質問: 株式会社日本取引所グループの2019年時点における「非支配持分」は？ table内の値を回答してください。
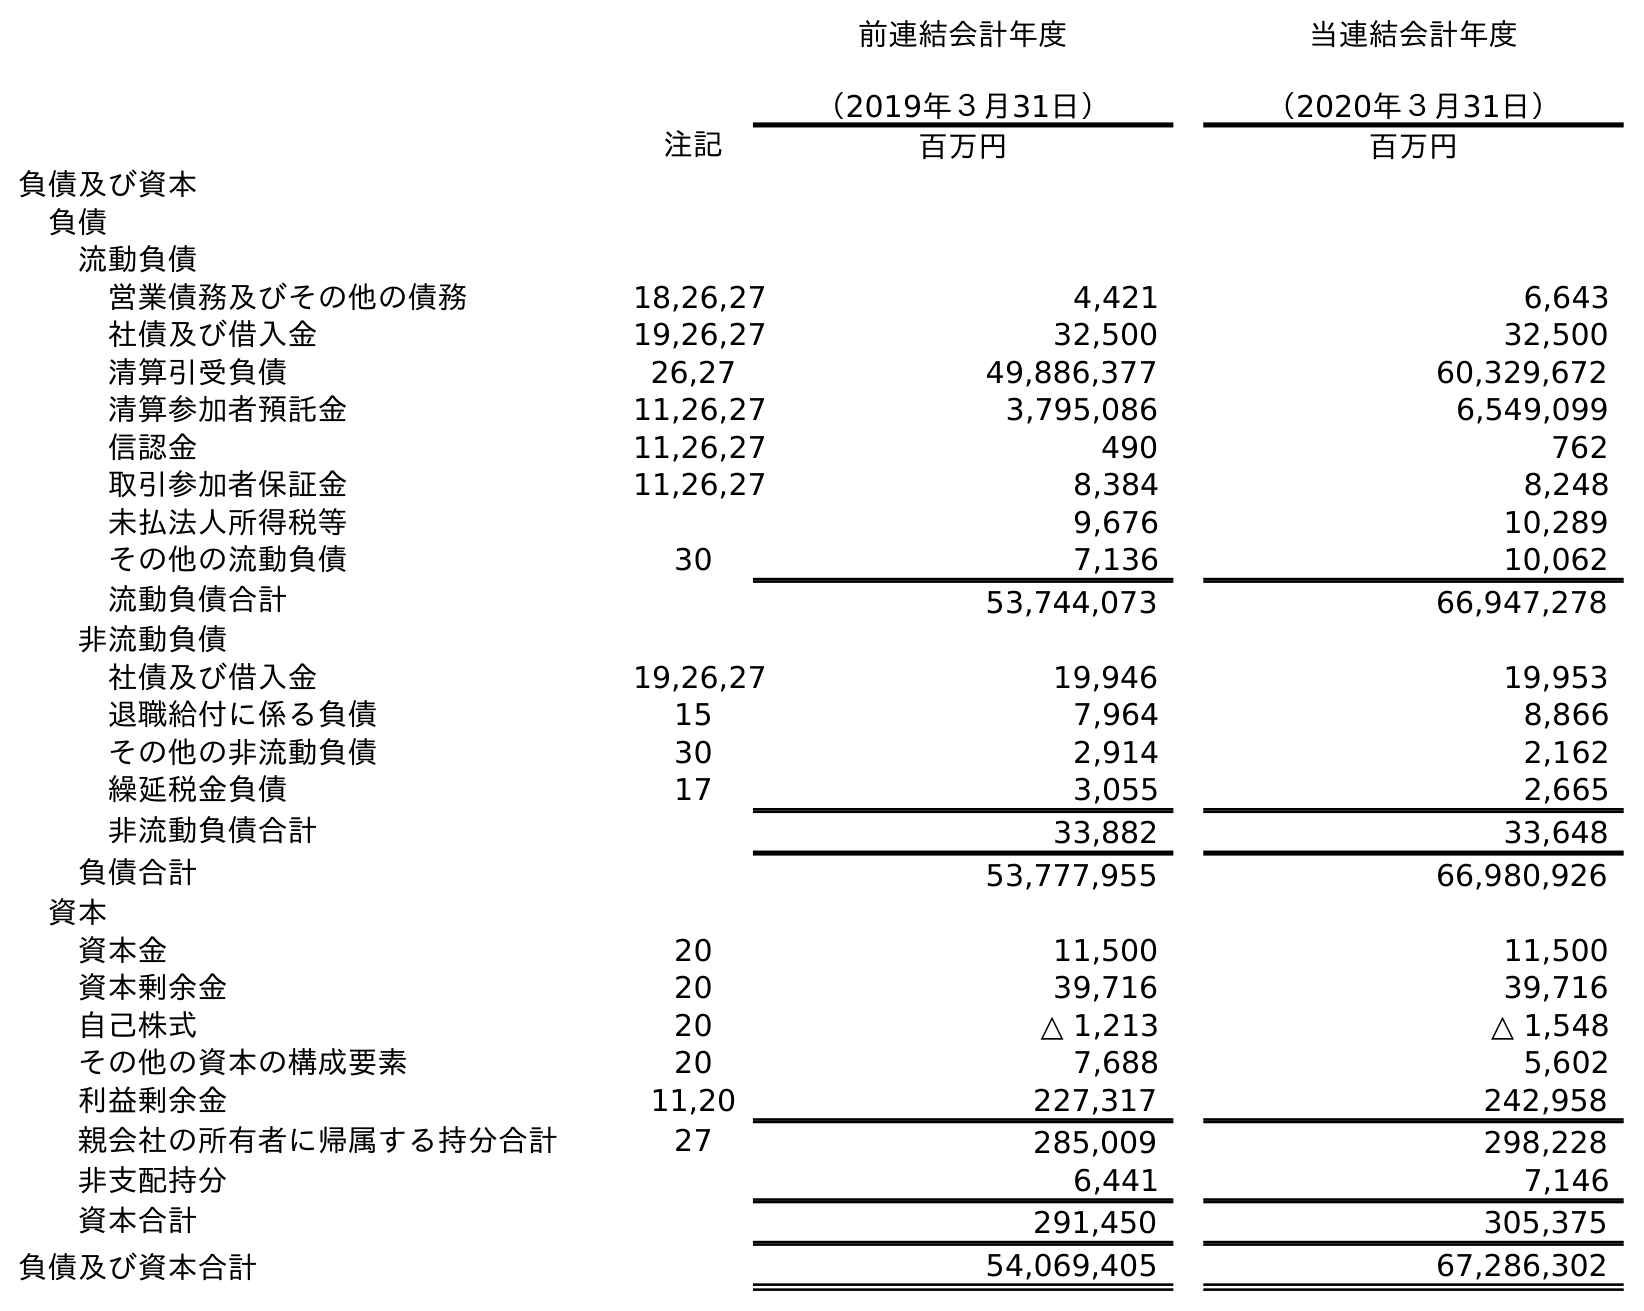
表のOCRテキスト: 前連結会計年度 （2019年３月31日） 当連結会計年度 （2020年３月31日） 注記 百万円 百万円 負債及び資本 負債 流動負債 営業債務及びその他の債務 18,26,27 4,421 6,643 社債及び借入金 19,26,27 32,500 32,500 清算引受負債 26,27 49,886,377 60,329,672 清算参加者預託金 11,26,27 3,795,086 6,549,099 信認金 11,26,27 490 762 取引参加者保証金 11,26,27 8,384 8,248 未払法人所得税等 9,676 10,289 その他の流動負債 30 7,136 10,062 流動負債合計 53,744,073 66,947,278 非流動負債 社債及び借入金 19,26,27 19,946 19,953 退職給付に係る負債 15 7,964 8,866 その他の非流動負債 30 2,914 2,162 繰延税金負債 17 3,055 2,665 非流動負債合計 33,882 33,648 負債合計 53,777,955 66,980,926 資本 資本金 20 11,500 11,500 資本剰余金 20 39,716 39,716 自己株式 20 △ 1,213 △ 1,548 その他の資本の構成要素 20 7,688 5,602 利益剰余金 11,20 227,317 242,958 親会社の所有者に帰属する持分合計 27 285,009 298,228 非支配持分 6,441 7,146 資本合計 291,450 305,375 負債及び資本合計 54,069,405 67,286,302
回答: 6,441